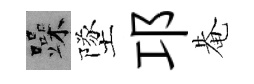
躁墜邛𤲅